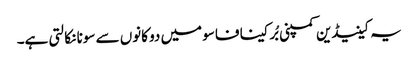
یہ کینیڈین کمپنی بُرکینا فاسو میں دو کانوں سے سونا نکالتی ہے۔